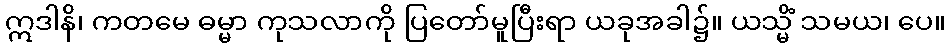
ဣဒါနိ၊ ကတမေ ဓမ္မာ ကုသလာကို ပြတော်မူပြီးရာ ယခုအခါ၌။ ယသ္မိံ သမယ၊ ပေ။